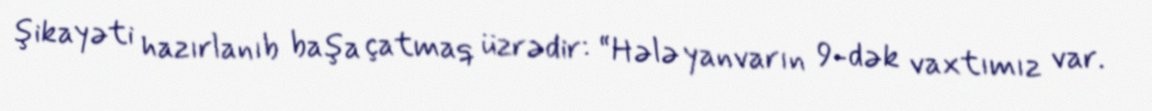
şikayəti hazırlanıb başa çatmaq üzrədir: “Hələ yanvarın 9-dək vaxtımız var.